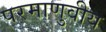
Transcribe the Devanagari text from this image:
परमाणुवीय